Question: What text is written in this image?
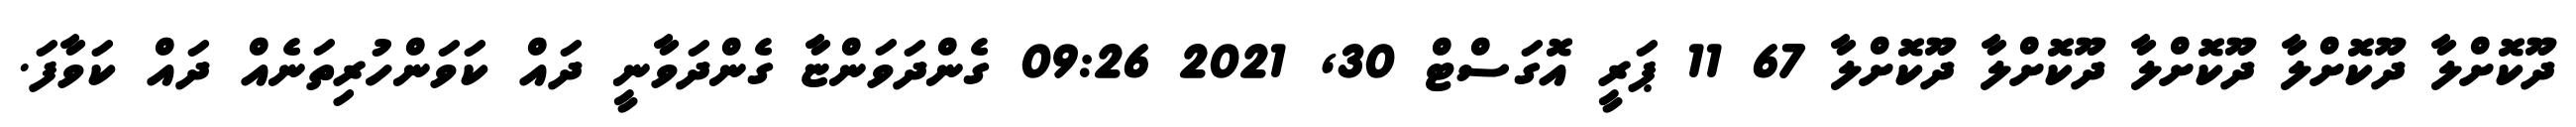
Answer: ދޫކޮށްލާ ދޫކޮށްލާ ދޫކޮށްލާ ދޫކޮށްލާ ދޫކޮށްލާ 67 11 ޕަރީ އޮގަސްޓް 30, 2021 09:26 ގެންދަވަންޏާ ގެންދަވާނީ ދައް ކަވަންހުރިތަނެއް ދައް ކަވާފަ.